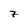
Character: 7